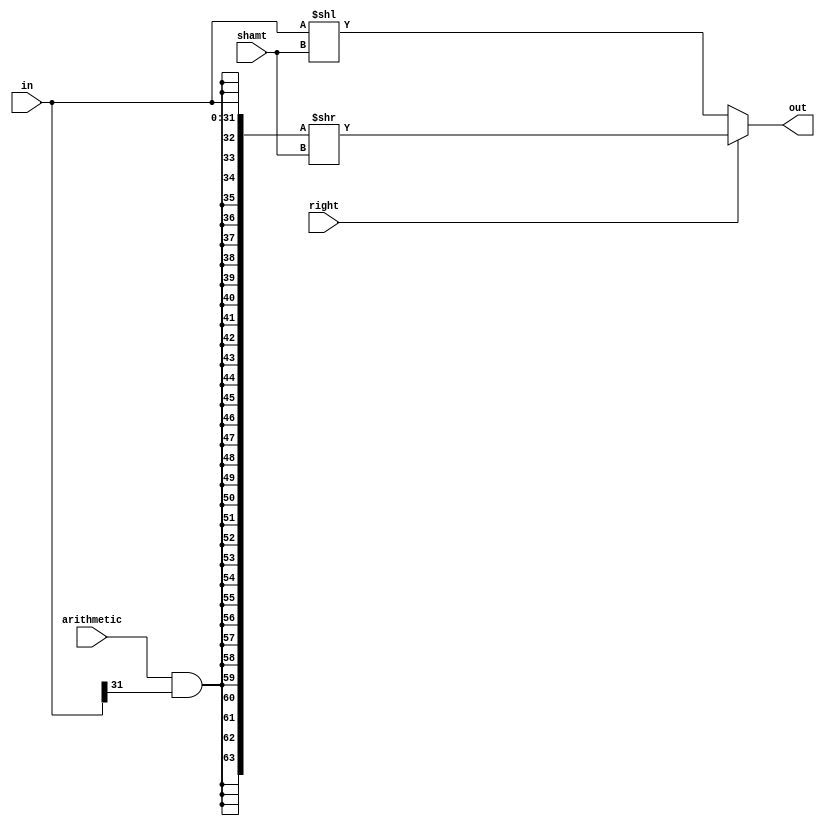
// This program was cloned from: https://github.com/aolofsson/oh
// License: MIT License

//#############################################################################
//# Function: Barrel shifter                                                  #
//#############################################################################
//# Author:   Andreas Olofsson                                                #
//# License:  MIT (see LICENSE file in OH! repository)                        #
//#############################################################################

module oh_shift
  #(parameter N   = 32,         // Operator width (8,16,32,64,128)
    parameter S    = $clog2(N), // stages=shift width
    parameter SYN = "TRUE"       // TRUE is synthesizable
    )
   (
    input [N-1:0]  in,         // data to be shifted
    input 	    arithmetic, // shifts in in[N-1] instead of 0
    input 	    right,      // shift right (default is left shift)
    input [S-1:0]   shamt,      // shift amount (unsigned)
    output [N-1:0] out         //shifted output
    );

   generate
      if(SYN=="TRUE")  begin: gbehavioral

	 wire [2*N-1:0] in_sext;
	 wire [N-1:0] 	 sr_result;
	 wire [N-1:0] 	 sl_result;

	 assign shift_in          = arithmetic & in[N-1];

	 assign in_sext[2*N-1:0] = {{(N){shift_in}},in[N-1:0]};

	 assign sr_result[N-1:0] = in_sext[2*N-1:0] >> shamt[S-1:0];

	 assign sl_result[N-1:0] = in[N-1:0]        << shamt[S-1:0];

	 assign out[N-1:0]       = right ? sr_result[N-1:0] :
				            sl_result[N-1:0];

      end // block: gbehavioral
      else begin
	 asic_shift #(.TYPE(TYPE),
		      .N(N))
	 asic_shift (// Outputs
		     .out	 (out[N-1:0]),
		     // Inputs
		     .in	 (in[N-1:0]),
		     .arithmetic (arithmetic),
		     .right      (right),
		     .shamt	 (shamt[S-1:0]));

      end
   endgenerate
endmodule